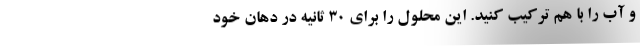
و آب را با هم ترکیب کنید. این محلول را برای 30 ثانیه در دهان خود